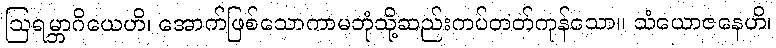
ဩရမ္ဘာဂိယေဟိ၊ အောက်ဖြစ်သောကာမဘုံသို့ဆည်းကပ်တတ်ကုန်သော။ သံယောဇနေဟိ၊